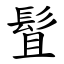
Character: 䯶